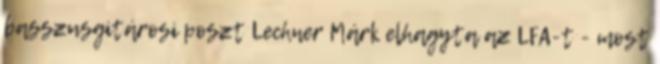
basszusgitárosi poszt Lechner Márk elhagyta az LFA-t - most